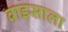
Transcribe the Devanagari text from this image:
वाइसाला